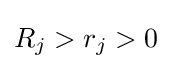
R_{j}>r_{j}>0